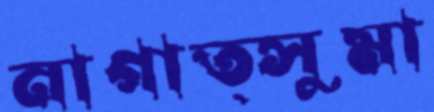
নাগাত্সুমা